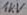
Text: 1KµF